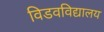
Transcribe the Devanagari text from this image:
विडवविद्यालय